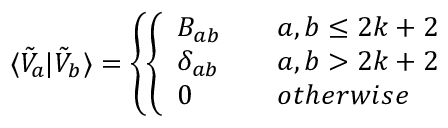
\langle \tilde { V } _ { a } | \tilde { V } _ { b } \rangle = \left\{ \left\{ \begin{array} { l l } { { B _ { a b } } } & { { \quad a , b \le 2 k + 2 } } \\ { { \delta _ { a b } } } & { { \quad a , b > 2 k + 2 } } \\ { { 0 } } & { { \quad o t h e r w i s e } } \end{array} \right. \right.